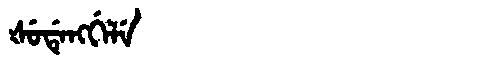
Manchu: ᡧᡠᡩᡝᠩᡤᡝᠯᡝ
Romanization: ŠUDENGGELE